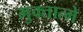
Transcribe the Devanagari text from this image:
मुक्तात्मे